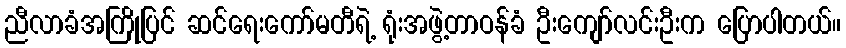
ညီလာခံအကြိုပြင် ဆင်ရေးကော်မတီရဲ့ ရုံးအဖွဲ့တာဝန်ခံ ဦးကျော်လင်းဦးက ပြောပါတယ်။